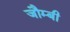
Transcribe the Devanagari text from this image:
जौम्बी